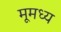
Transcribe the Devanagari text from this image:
मूमध्य